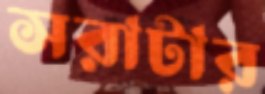
সরাটার